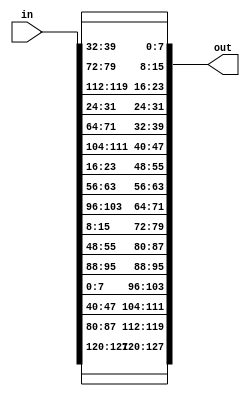
`timescale 1ns / 1ps
/*Row Shift Operations*/
module shiftrow_enc(in,out);

input [127:0] in;
output [127:0] out;

/*Row 1*/
assign  out[127:120] = in[127:120];  
assign  out[119:112] = in[87:80];
assign  out[111:104] = in[47:40];
assign  out[103:96] = in[7:0];
/*Row 2*/   
assign  out[95:88] = in[95:88];
assign  out[87:80] = in[55:48];
assign  out[79:72] = in[15:8];
assign  out[71:64] = in[103:96];
/*Row 3*/   
assign  out[63:56] = in[63:56];
assign  out[55:48] = in[23:16];
assign  out[47:40] = in[111:104];
assign  out[39:32] = in[71:64];
/*Row 4*/   
assign  out[31:24] = in[31:24];
assign  out[23:16] = in[119:112];
assign  out[15:8] = in[79:72];
assign  out[7:0] = in[39:32]; 

endmodule

/*Inverse Row Shift Operations*/
module shiftrow_dec(in,out);

input [127:0] in;
output [127:0] out;
/*Row 1*/
assign   out[127:120] = in[127:120];  
assign   out[87:80] = in[119:112];
assign   out[47:40] = in[111:104];
assign   out[7:0] = in[103:96];
/*Row 2*/   
assign   out[95:88] = in[95:88];
assign   out[55:48] = in[87:80];
assign   out[15:8] = in[79:72];
assign   out[103:96] = in[71:64];
/*Row 3*/   
assign   out[63:56] = in[63:56];
assign   out[23:16] = in[55:48];
assign   out[111:104] = in[47:40];
assign   out[71:64] = in[39:32];
/*Row 4*/   
assign   out[31:24] = in[31:24];
assign   out[119:112] = in[23:16];
assign   out[79:72] = in[15:8];
assign   out[39:32] = in[7:0]; 


endmodule